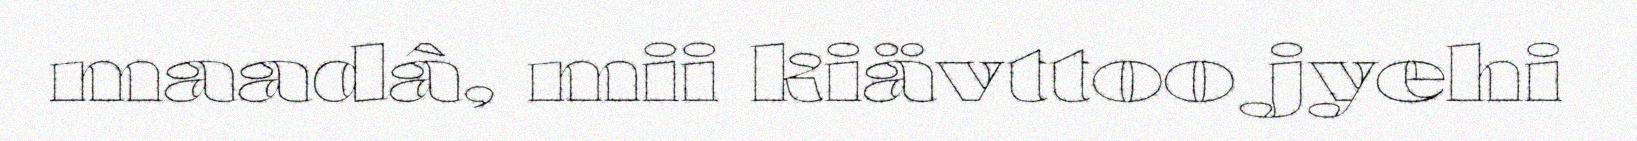
maadâ, mii kiävttoo jyehi